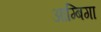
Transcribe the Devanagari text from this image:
आम्बिगा